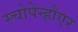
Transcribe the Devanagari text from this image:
स्चोपेन्हौएर